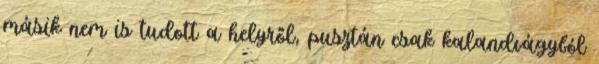
másik nem is tudott a helyről, pusztán csak kalandvágyból